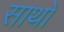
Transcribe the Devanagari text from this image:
साथों